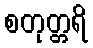
စတုတ္တရိ